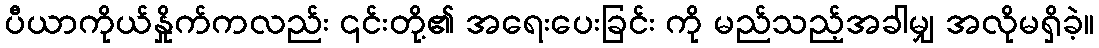
ပီယာကိုယ်နှိုက်ကလည်း ၎င်းတို့၏ အရေးပေးခြင်း ကို မည်သည့်အခါမျှ အလိုမရှိခဲ့။